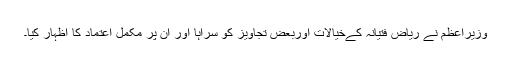
وزیراعظم نے ریاض فتیانہ کےخیالات اوربعض تجاویز کو سراہا اور ان پر مکمل اعتماد کا اظہار کیا۔